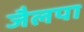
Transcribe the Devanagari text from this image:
जैलपा